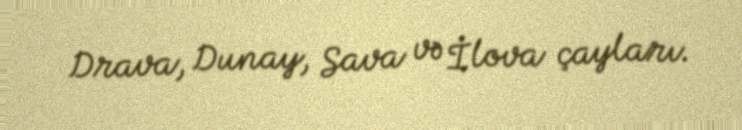
Drava, Dunay, Sava və İlova çayları.